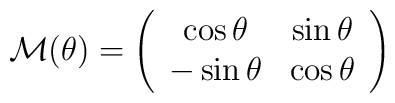
{\cal M}(\theta)=\left(\begin{array}{cc} \cos\theta & \sin\theta \\ -\sin\theta &\cos\theta \end{array} \right)